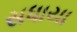
સધાયા